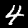
Label: 4